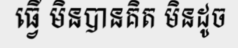
ធ្វើ មិនបានគិត មិនដូច